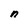
Character: n